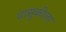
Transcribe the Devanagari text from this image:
वासुकीला